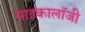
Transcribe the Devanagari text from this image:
साइकालॉजी